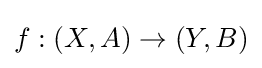
f:(X,A)\to (Y,B)